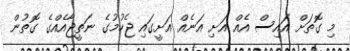
މި ގޮތަށް އައިސް އެއް އަށި އަނެއް އަށީގައި ޖެހުމުގެ ނަތީޖާއެއްގެ ގޮތުން